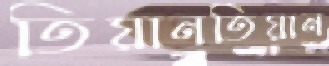
তিয়ানতিয়ান